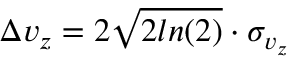
\Delta v _ { z } = 2 \sqrt { 2 l n ( 2 ) } \cdot \sigma _ { v _ { z } }